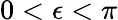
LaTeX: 0<\epsilon<\pi